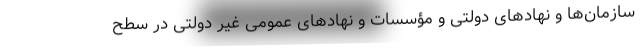
سازمان‌ها و نهادهای دولتی و مؤسسات و نهادهای عمومی غیر دولتی در سطح